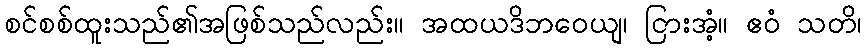
စင်စစ်ထူးသည်၏အဖြစ်သည်လည်း။ အထယဒိဘဝေယျ၊ ငြားအံ့။ ဧဝံ သတိ၊